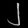
Digit: ၂